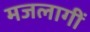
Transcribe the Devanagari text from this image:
मजलागीं